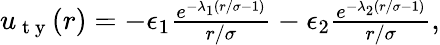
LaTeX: \begin{array}{r}{u_{\mathrm{~t~y~}}(r)=-\epsilon_{1}\frac{e^{-\lambda_{1}(r/\sigma-1)}}{r/\sigma}-\epsilon_{2}\frac{e^{-\lambda_{2}(r/\sigma-1)}}{r/\sigma},}\end{array}